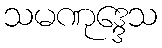
သမဏုဒ္ဒေသ